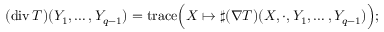
( \operatorname { d i v } T ) ( Y _ { 1 } , \ldots , Y _ { q - 1 } ) = { \operatorname { t r a c e } } { \Big ( } X \mapsto \sharp ( \nabla T ) ( X , \cdot , Y _ { 1 } , \ldots , Y _ { q - 1 } ) { \Big ) } ;